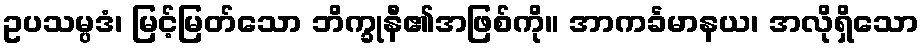
ဥပသမ္ပဒံ၊ မြင့်မြတ်သော ဘိက္ခုနီ၏အဖြစ်ကို။ အာကင်္ခမာနယ၊ အလိုရှိသော